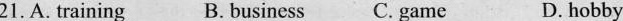
21.A. Training B. Business C. Game D. hobby